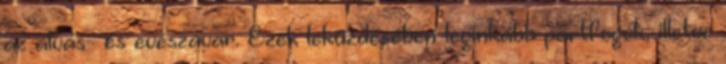
az alvás- és evészavar. Ezek leküzdésében leginkább pártfogók, illetve